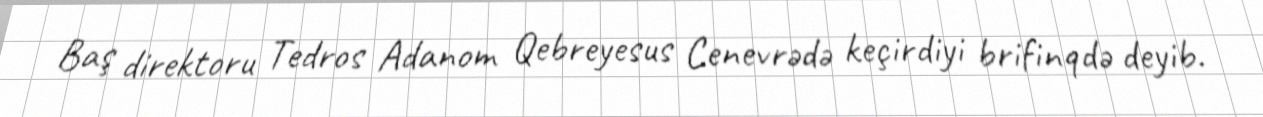
Baş direktoru Tedros Adanom Qebreyesus Cenevrədə keçirdiyi brifinqdə deyib.